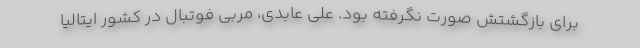
برای بازگشتش صورت نگرفته بود. علی عابدی، مربی فوتبال در کشور ایتالیا